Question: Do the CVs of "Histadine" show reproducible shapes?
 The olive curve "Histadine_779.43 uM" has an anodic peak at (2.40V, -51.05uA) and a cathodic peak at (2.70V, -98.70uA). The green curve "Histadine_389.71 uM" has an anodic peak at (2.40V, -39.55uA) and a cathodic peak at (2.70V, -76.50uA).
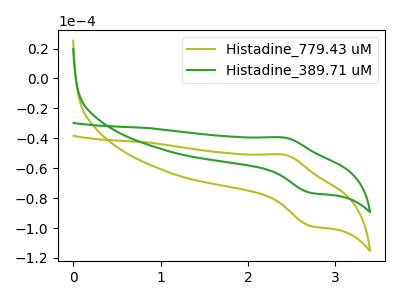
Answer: <think>All the peaks in "Histadine_779.43 uM" have a peak in "Histadine_389.71 uM" at the same potential.
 </think>
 <answer>All the CV's of "Histadine" have similar shape.</answer>
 <eval>follow_rule</eval>